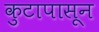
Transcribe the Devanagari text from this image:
कुटापासून